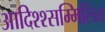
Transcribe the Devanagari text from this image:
आदिश्श्सम्मिलित